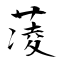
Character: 蓤